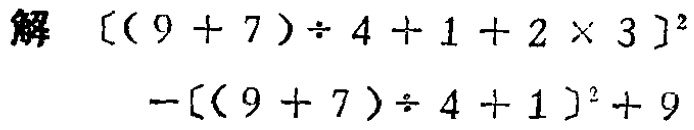
\[

\begin{align*}

&[(9 + 7)\div 4+1 + 2\times 3]^2\\

&-[(9 + 7)\div 4+1]^2+9

\end{align*}

\]